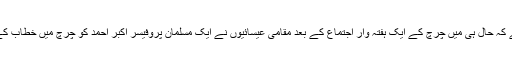
یہی وجہ ہے کہ حال ہی میں چرچ کے ایک ہفتہ وار اجتماع کے بعد مقامی عیسائیوں نے ایک مسلمان پروفیسر اکبر احمد کو چرچ میں خطاب کے لیے بلایا۔